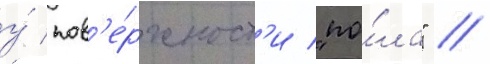
у́ пов'е́рхност'и "по́ла" /